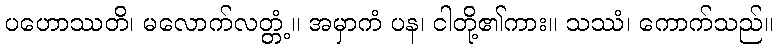
ပဟောဿတိ၊ မလောက်လတ္တံ့။ အမှာကံ ပန၊ ငါတို့၏ကား။ သဿံ၊ ကောက်သည်။